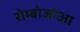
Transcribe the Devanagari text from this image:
रोम्बोजोआ